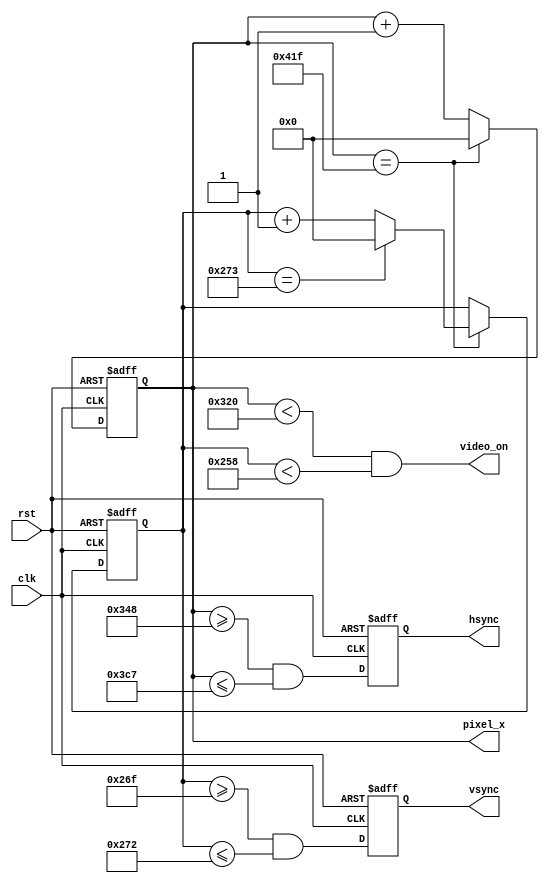
module vga_sync #(
//parameters for horisontal_sync
  parameter H_PIXELS        = 800,
  parameter H_FRONTPORCH    = 40,
  parameter H_SYNCTIME      = 128,
  parameter H_BACKPORCH     = 88,
//parameters for vertical_sync
  parameter V_LINES         = 600,
  parameter V_FRONTPORCH    = 1,
  parameter V_SYNCTIME      = 4,
  parameter V_BACKPORCH     = 23,
//bits of output pixel generator
  parameter PIXEL_GEN_BITS  = 12
)(
  input clk,
  input rst,

  output hsync,
  output vsync,
  output video_on,

  output [PIXEL_GEN_BITS-1:0] pixel_x
);

reg   [PIXEL_GEN_BITS-1:0]    h_count_reg;
wire  [PIXEL_GEN_BITS-1:0]    h_count_next;
reg   [PIXEL_GEN_BITS-1:0]    v_count_reg;
wire  [PIXEL_GEN_BITS-1:0]    v_count_next;

//output buffer
reg v_sync_reg, h_sync_reg;
wire v_sync_next, h_sync_next;

//status signal
wire h_end, v_end;

always @ (posedge clk, posedge rst) begin
  if(rst) begin
    v_count_reg <=  1'b0;
    v_count_reg <=  0;
    h_count_reg <=  0;
    v_sync_reg  <=  1'b0;
    h_sync_reg  <=  1'b0;
  end
  else begin
    v_count_reg <=  v_count_next;
    h_count_reg <=  h_count_next;
    v_sync_reg  <=  v_sync_next;
    h_sync_reg  <=  h_sync_next;
  end
end

assign h_end = (h_count_reg == (H_PIXELS + H_FRONTPORCH + H_SYNCTIME + H_BACKPORCH - 1));
assign v_end = (v_count_reg == (V_LINES + V_FRONTPORCH + V_SYNCTIME + V_BACKPORCH - 1));

assign h_count_next  = h_end ? 0 : h_count_reg + 1'b1;
assign v_count_next  = h_end ? (v_end ? 0 : v_count_reg + 1'b1) : v_count_reg;

assign h_sync_next   = (h_count_reg >= (H_PIXELS + H_FRONTPORCH) &&
                        h_count_reg <= (H_PIXELS + H_FRONTPORCH + H_SYNCTIME - 1));

assign v_sync_next   = (v_count_reg >= (V_LINES + V_BACKPORCH) &&
                        v_count_reg <= (V_LINES + V_BACKPORCH + V_SYNCTIME - 1));

assign video_on = (h_count_reg < H_PIXELS) && (v_count_reg < V_LINES);

assign hsync    = h_sync_reg;
assign vsync    = v_sync_reg;
assign pixel_x  = h_count_reg;

endmodule